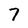
Character: 7